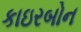
કાઇરબોન